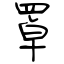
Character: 罩